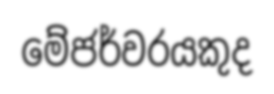
මේජර්වරයකුද